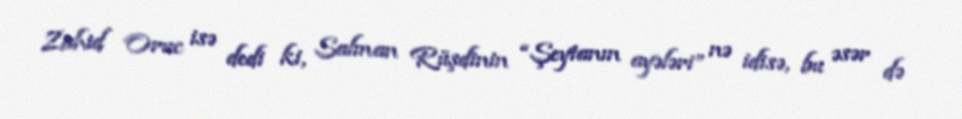
Zahid Oruc isə dedi ki, Salman Rüşdinin “Şeytanın ayələri” nə idisə, bu əsər də